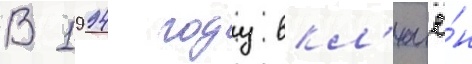
В 1994 году вкл'ючё́н